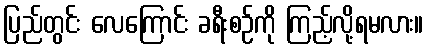
ပြည်တွင်း လေကြောင်း ခရီးစဉ်ကို ကြည့်လို့ရမလား။